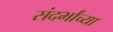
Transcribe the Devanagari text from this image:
संदर्भांच्या